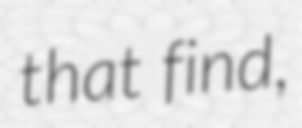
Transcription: that find,